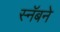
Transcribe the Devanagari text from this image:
स्नॅबने